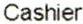
CASHIER